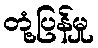
တုံ့ပြန်မှု